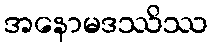
အနောမဒဿိဿ